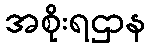
အစိုးရဌာန